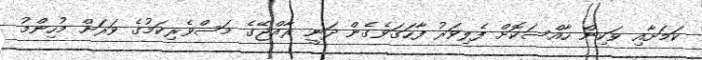
ކަމަށާއި ވަކިން ހާއްސަކޮށް ފެލިވަރު ފާހަގަވެގެން ދަނީ ރާއްޖޭގެ މަސްވެރިކަމުގެ ވަރަށް މުހިންމު